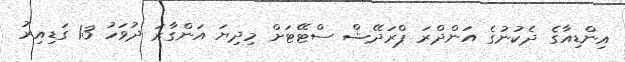
އިންޑިއާގެ ދެކުނުގެ އަންދްރަ ޕްރަދޭޝް ސްޓޭޓަށް މިދިޔަ އަންގާރަ ދުވަހު 13 ގަޑިއިރު